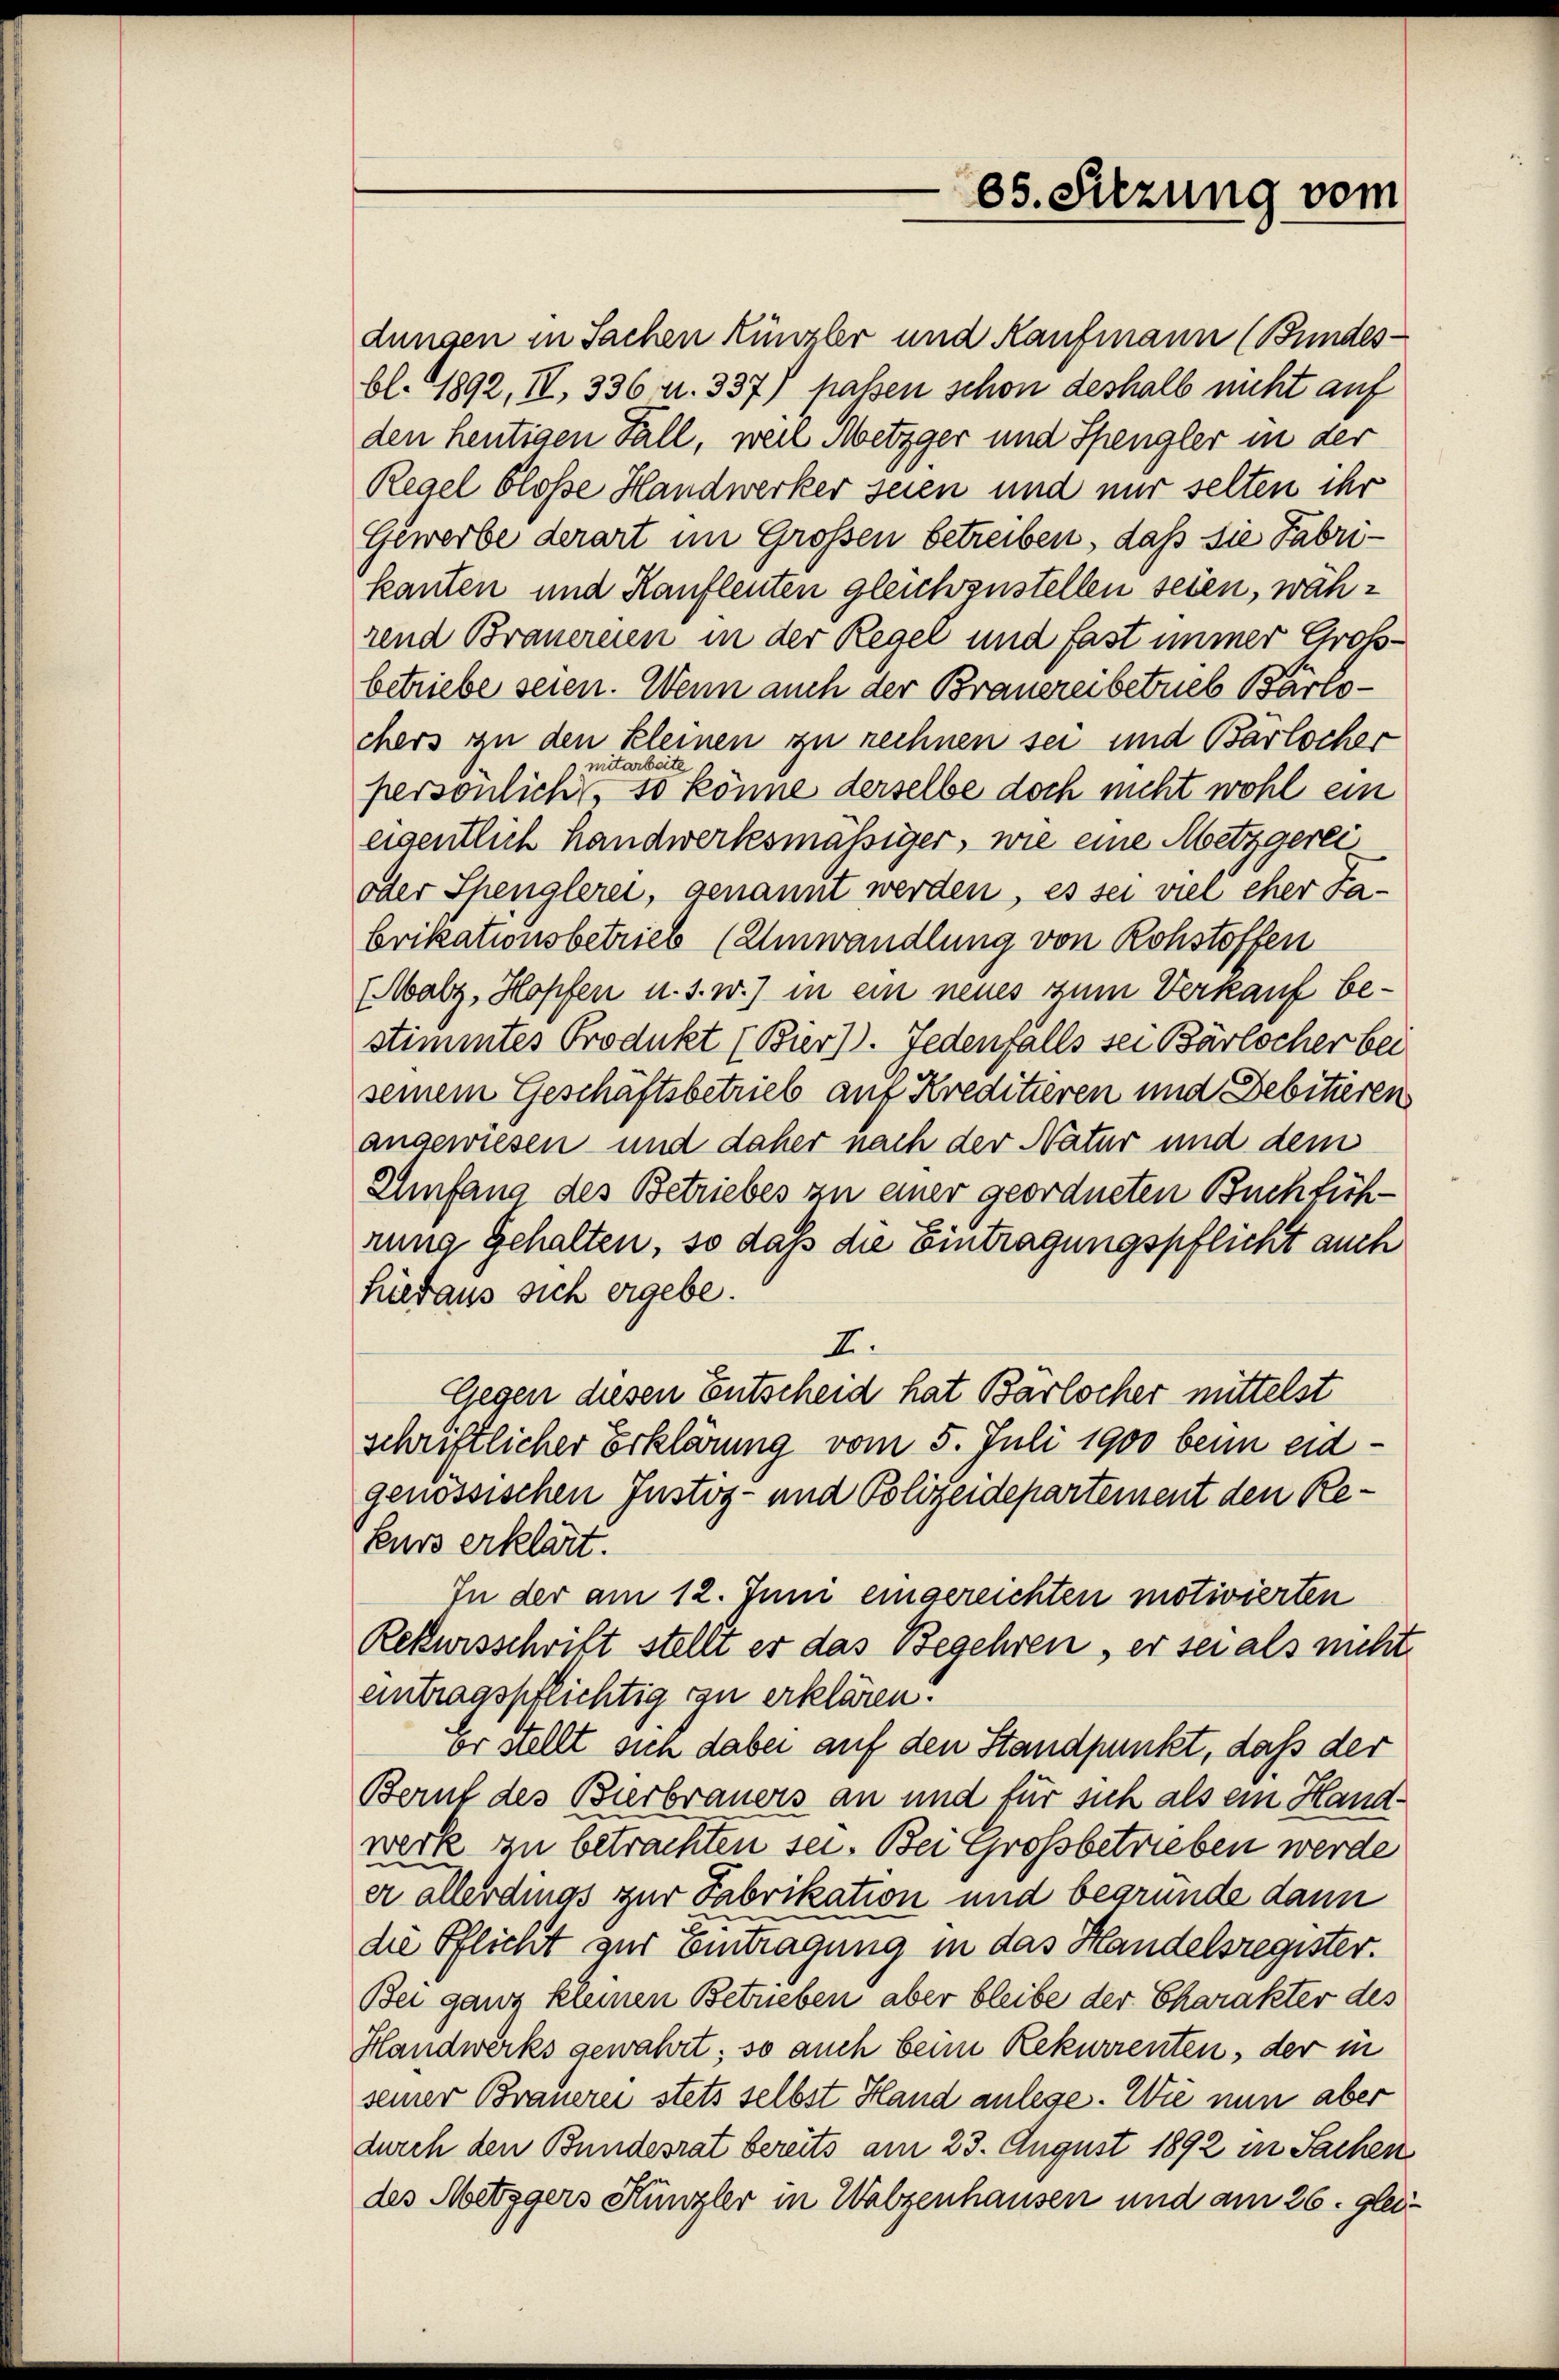
65. Sitzung vom

dungen in Sachen Künzler und Kaufmann (Bundes-
bl. 1892, II, 336 u. 337) passen schon deshalb nicht auf
den heutigen Fall, weil Metzger und Spengler in der
Regel blosse Handwerker seien und nur selten ihr
Gewerbe derart im Großen betreiben, daß sie Fabrikanten und Kaufleuten gleichzustellen seien, während Brauereien in der Regel und fast immer Großbetriebe seien. Wenn auch der Brauereibetrieb Barlochers zu den Kleinen zu rechnen sei und Barlocher
ritarbeite
persönlich, so könne derselbe doch nicht wohl ein
eigentlich handwerkesmässiger, wie eine Metzgerei
oder Spenglerei, genannt werden, es sei viel eher Fa-
brikationsbetrieb (Umwandlung von Rohstoffen
(Walz, Hopfen u. s. w.) in ein neues zum Verkauf bestimmtes Produkt (Bier). Jedenfalls sei Bärlocher bei
seinem Geschäftsbetrieb auf Kreditieren und Debitieren
angewiesen und daher nach der Natur und dem
Umfang des Betriebes zu einer geordneten Buchführung gehalten, so daß die Eintragungspflicht auch
hieraus sich ergebe.
I.
Gegen diesen Entscheid hat Barlocher mittelst
schriftlicher Erklärung vom 5. Juli 1900 beim eidgenössischen Justiz- und Polizeidepartement den Rekurs erklärt.
In der am 12. Juni eingereichten motivierten
Rekursschrift stellt er das Begehren, er sei als nicht
eintragspflichtig zu erklären.
or stellt sich dabei auf den Standpunkt, daß der
Beruf des Bierbrauers an und für sich als ein Handwerk zu betrachten sei. Bei Grossbetrieben werde
u
er allerdings zur Fabrikation und begründe dann
die Pflicht zur Eintragung in das Handelsregister.
Bei ganz kleinen Betrieben aber bleibe der Charakter des
Handwerks gewährt; so auch beim Rekurrenten, der in
seiner Brauerei stets selbst Hand anlese. Wie nun aber
durch den Bundesrat bereits am 23. August 1892 in Sachen
des Metzgers Hunzler in Walzenhausen und am 26. glei¬